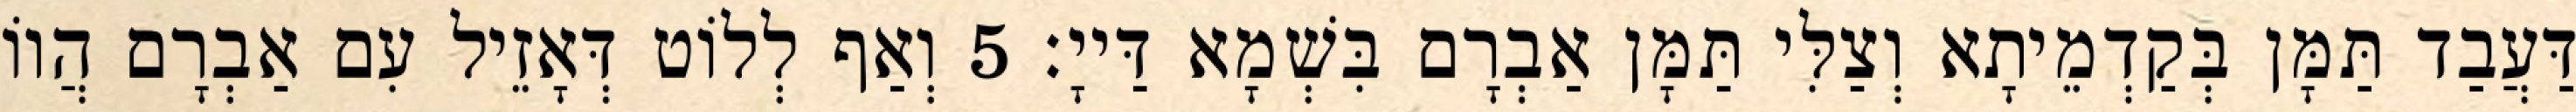
דַּעֲבַד תַּמָּן בְּקַדְמֵיתָא וְצַלִּי תַּמָּן אַבְרָם בִּשְׁמָא דַּייָ׃ 5 וְאַף לְלוֹט דְּאָזֵיל עִם אַבְרָם הֲווֹ